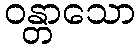
ဝန္တာသော